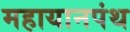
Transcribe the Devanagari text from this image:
महायानपंथ